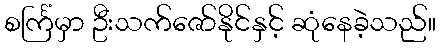
စင်္ကြံမှာ ဦးသက်ဇော်နိုင်နှင့် ဆုံနေခဲ့သည်။